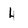
Character: 4